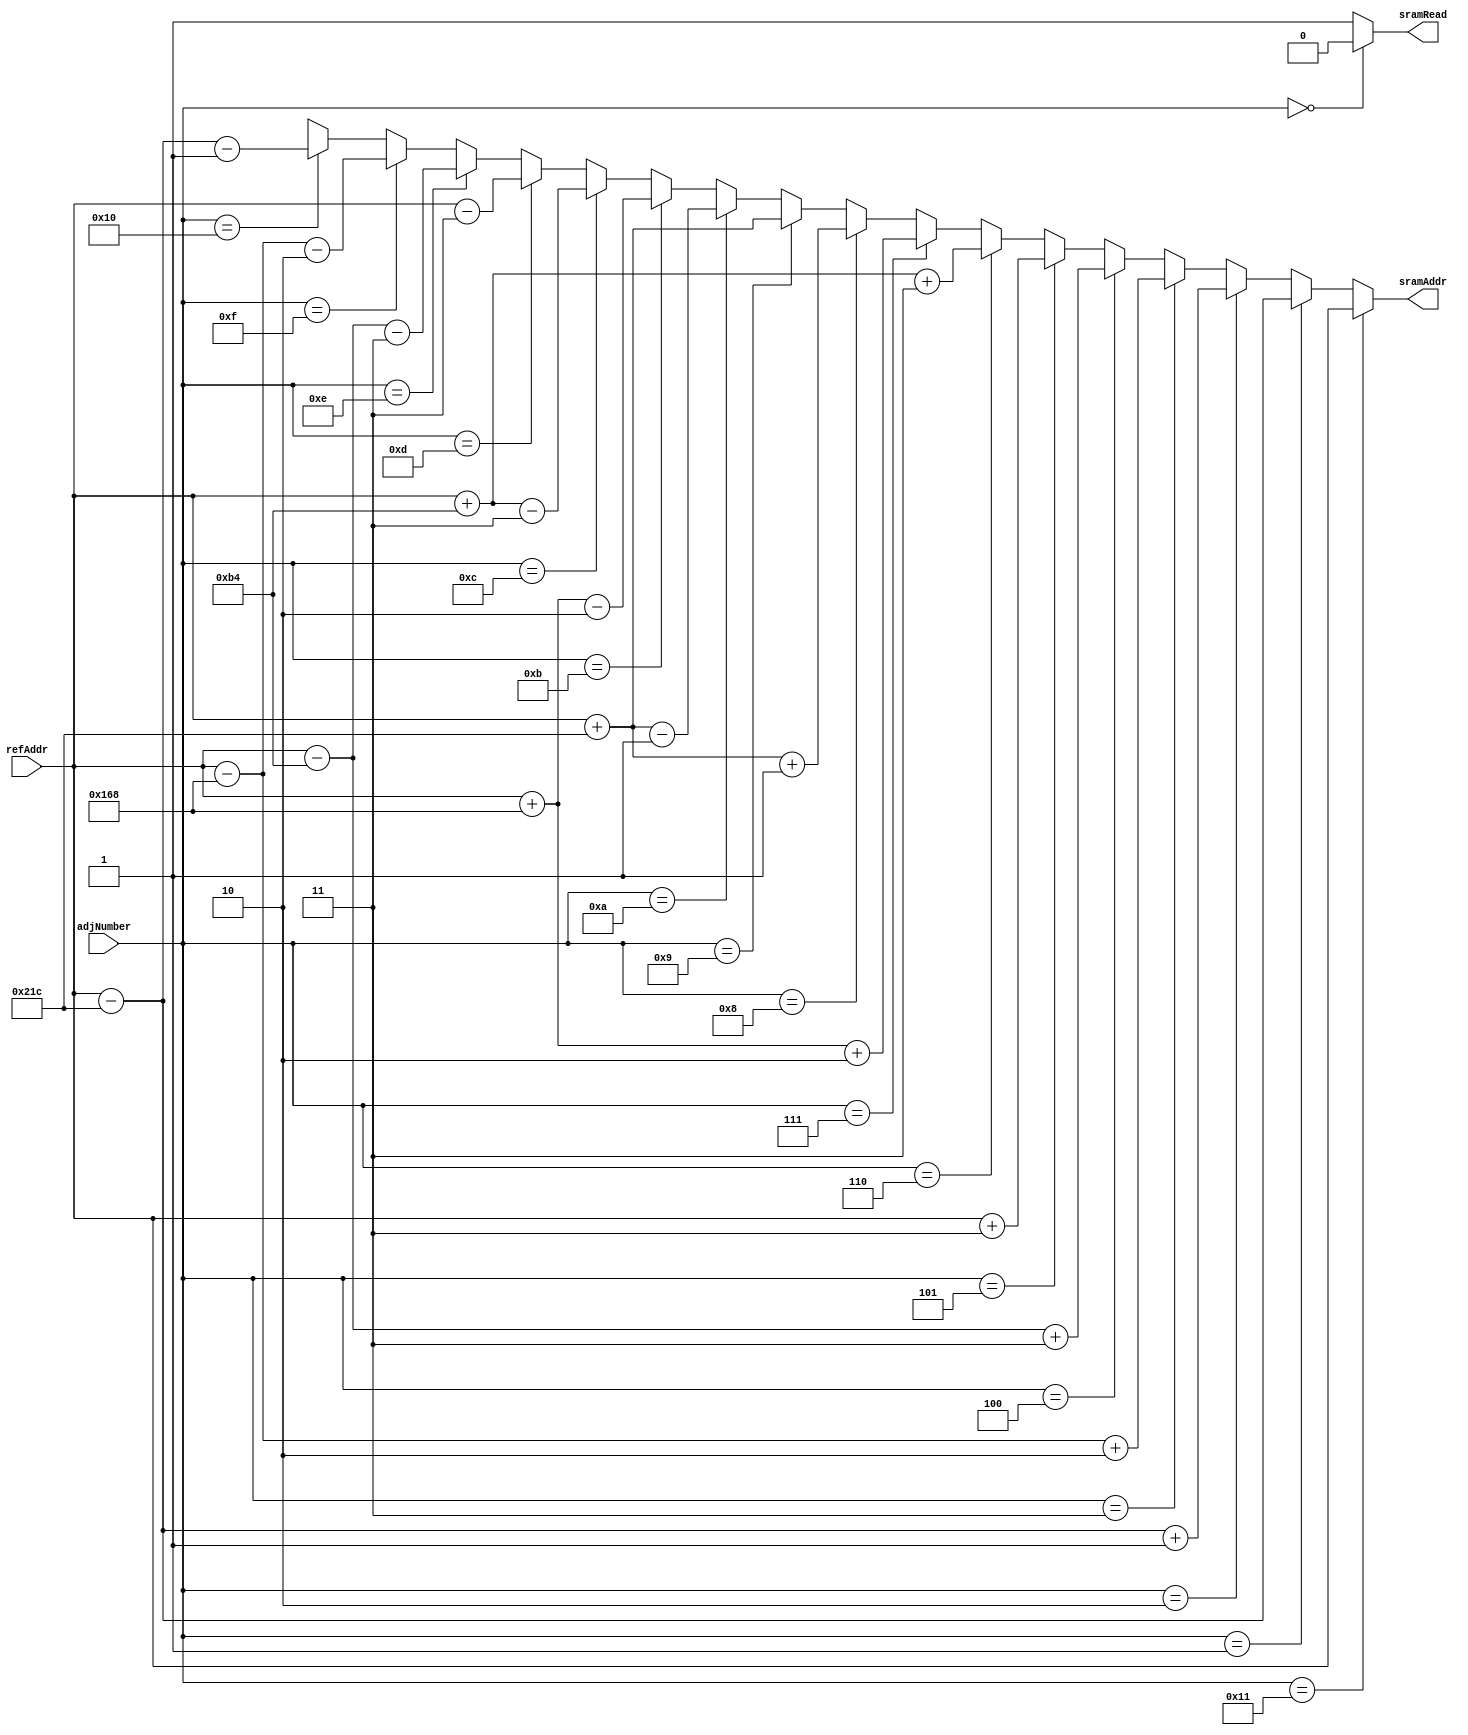
// This program was cloned from: https://github.com/ISKU/Autonomous-Drone-Design
// License: GNU General Public License v3.0

`define COLUMNS 8'd180
`define ROWS 8'd120

module FD_AddrCal (refAddr, adjNumber, sramAddr, sramRead);
	input [14:0] refAddr; // 
	input [4:0] adjNumber; //  16 
	output [14:0] sramAddr; // SRAM Input 
	output sramRead; // SRAM  
	
	assign sramRead =
		(adjNumber == 5'd0) ? 1'b0 : 1'b1;
	
	assign sramAddr =
		(adjNumber == 5'd17) ? refAddr : //  
		(adjNumber == 5'd1) ? refAddr - (3 * `COLUMNS) : // 1
		(adjNumber == 5'd2) ? refAddr - (3 * `COLUMNS) + 1 : // 2
		(adjNumber == 5'd3) ? refAddr - (2 * `COLUMNS) + 2 : // 3
		(adjNumber == 5'd4) ? refAddr - (1 * `COLUMNS) + 3 : // 4
		(adjNumber == 5'd5) ? refAddr + 3 : // 5
		(adjNumber == 5'd6) ? refAddr + (1 * `COLUMNS) + 3 : // 6
		(adjNumber == 5'd7) ? refAddr + (2 * `COLUMNS) + 2 : // 7
		(adjNumber == 5'd8) ? refAddr + (3 * `COLUMNS) + 1 : // 8
		(adjNumber == 5'd9) ? refAddr + (3 * `COLUMNS) : // 9
		(adjNumber == 5'd10) ? refAddr + (3 * `COLUMNS) - 1 : // 10
		(adjNumber == 5'd11) ? refAddr + (2 * `COLUMNS) - 2 : // 11
		(adjNumber == 5'd12) ? refAddr + (1 * `COLUMNS) - 3 : // 12
		(adjNumber == 5'd13) ? refAddr - 3 : // 13
		(adjNumber == 5'd14) ? refAddr - (1 * `COLUMNS) - 3 : // 14
		(adjNumber == 5'd15) ? refAddr - (2 * `COLUMNS) - 2 : // 15
		(adjNumber == 5'd16) ? refAddr - (3 * `COLUMNS) - 1 : 15'bx; // 16
endmodule